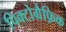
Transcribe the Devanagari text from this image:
पिक्टोग्रैफ़िक